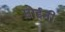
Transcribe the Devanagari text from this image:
सोईनी